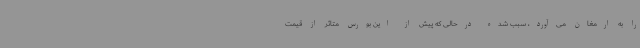
را به ارمغان می‌آورد، سبب شده درحالی که پیش از این بورس متاثر از قیمت